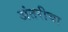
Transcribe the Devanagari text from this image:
अंतरीचा